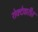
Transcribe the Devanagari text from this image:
शेक्देवारीत